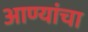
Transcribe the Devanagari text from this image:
आण्यांचा